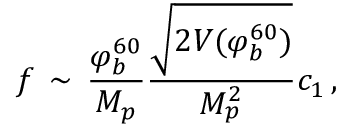
f \, \sim \, { \frac { \varphi _ { b } ^ { 6 0 } } { M _ { p } } } { \frac { \sqrt { 2 V ( \varphi _ { b } ^ { 6 0 } ) } } { M _ { p } ^ { 2 } } } c _ { 1 } \, ,